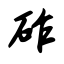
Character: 砟